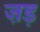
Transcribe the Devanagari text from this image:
ज़ड़